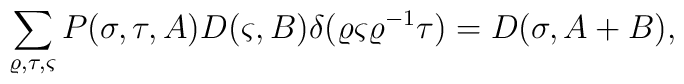
\sum_{\varrho, \tau, \varsigma}P (\sigma,\tau,  A)  D (\varsigma, B)\delta (\varrho \varsigma \varrho^{-1}\tau)= D (\sigma, A+ B),